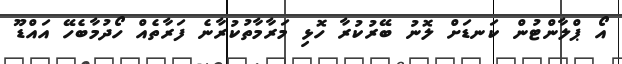
އޯ ޕްލާންޓުން ކަނޑަށް ލޮނު ބޭރުކުރާ ހޮޅި މަރާމާތުކުރާނެ ފަރާތެއް ހޯދުމާބެހޭ އައްޑޫ